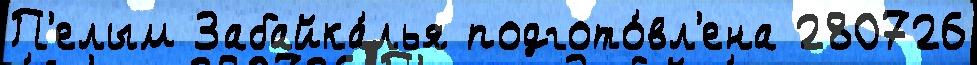
П'елым Забайка́лья подгото́вл'ена 280726